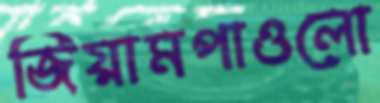
জিয়ামপাওলো